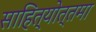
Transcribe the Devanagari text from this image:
साहित्योत्तमा